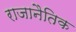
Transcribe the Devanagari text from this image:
राजानैतिक